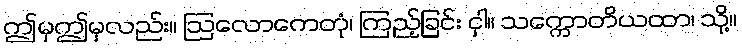
ဤမှဤမှလည်း။ ဩလောကေတုံ၊ ကြည့်ခြင်း ငှါ။ သက္ကောတိယထာ၊ သို့။